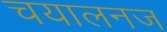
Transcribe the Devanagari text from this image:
चयालनज